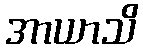
အာယာသိ